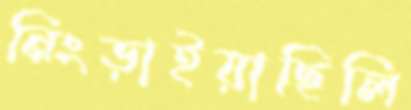
নিংড়াইয়াছিলি